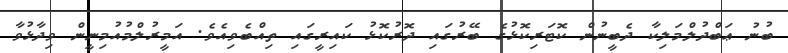
ބުނު ޢަބްދުލްމަލިކާ ދެބީނުން ކޮޓަރިކޮޅުގެ ބޭރުގައި ދޮރުކޮޅު ކައިރީގައި ތިއްބެވިއެވެ. އަމީރުލްމުއުމިނީން ވިދާޅުވާ